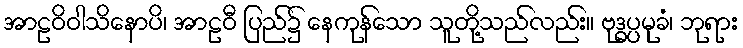
အာဠဝိဝါသိနောပိ၊ အာဠဝီ ပြည်၌ နေကုန်သော သူတို့သည်လည်း။ ဗုဒ္ဓပ္ပမုခံ၊ ဘုရား